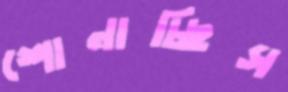
শোনাচ্ছিস